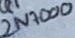
Text: 2N7000